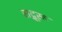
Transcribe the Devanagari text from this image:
सद्गूरू